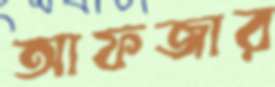
আফজার